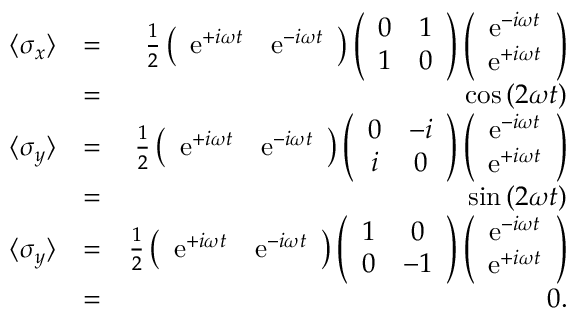
\begin{array} { r l r } { \langle \sigma _ { x } \rangle } & { = } & { \frac { 1 } { 2 } \left( \begin{array} { c c } { \mathrm { e } ^ { + i \omega t } } & { \mathrm { e } ^ { - i \omega t } } \end{array} \right) \left( \begin{array} { c c } { 0 } & { 1 } \\ { 1 } & { 0 } \end{array} \right) \left( \begin{array} { c } { \mathrm { e } ^ { - i \omega t } } \\ { \mathrm { e } ^ { + i \omega t } } \end{array} \right) } \\ & { = } & { \cos \left( 2 \omega t \right) } \\ { \langle \sigma _ { y } \rangle } & { = } & { \frac { 1 } { 2 } \left( \begin{array} { c c } { \mathrm { e } ^ { + i \omega t } } & { \mathrm { e } ^ { - i \omega t } } \end{array} \right) \left( \begin{array} { c c } { 0 } & { - i } \\ { i } & { 0 } \end{array} \right) \left( \begin{array} { c } { \mathrm { e } ^ { - i \omega t } } \\ { \mathrm { e } ^ { + i \omega t } } \end{array} \right) } \\ & { = } & { \sin \left( 2 \omega t \right) } \\ { \langle \sigma _ { y } \rangle } & { = } & { \frac { 1 } { 2 } \left( \begin{array} { c c } { \mathrm { e } ^ { + i \omega t } } & { \mathrm { e } ^ { - i \omega t } } \end{array} \right) \left( \begin{array} { c c } { 1 } & { 0 } \\ { 0 } & { - 1 } \end{array} \right) \left( \begin{array} { c } { \mathrm { e } ^ { - i \omega t } } \\ { \mathrm { e } ^ { + i \omega t } } \end{array} \right) } \\ & { = } & { 0 . } \end{array}